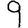
Digit: 9